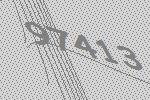
97413